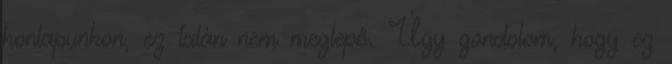
honlapunkon, ez talán nem meglepő. Úgy gondolom, hogy ez